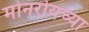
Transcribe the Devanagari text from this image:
मोनरोयच्या